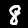
Label: 8